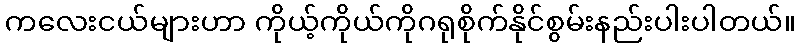
ကလေးငယ်များဟာ ကိုယ့်ကိုယ်ကိုဂရုစိုက်နိုင်စွမ်းနည်းပါးပါတယ်။